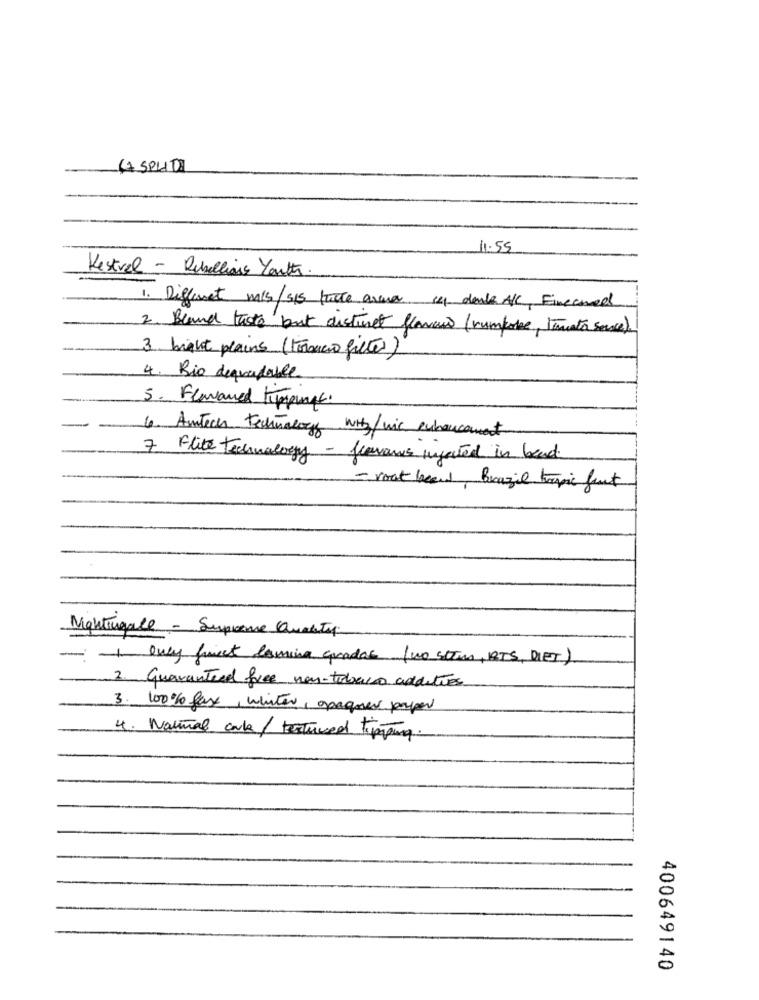
( SPLIT)
11.55
Kestvel - Rebellious Youth.
1. Different m/s/Sis tutte avenue 14 dente A/C, Fineemed
2. Bland thots but distinct flavors (rumpose, Tomato sauce)
3. bright plains (Formacio filter)
4. Bio dequadable
5. Flavored Kupplungs.
6. Autech Technology Witz/wic enhancement
7 Flite Technology - flerams infacted in blad.
- rout beard, Brazil tropic funt
Nightingale - Supreme Quality
-
1 Only first lamina guadas (no sten, RTS, DIET)
2. Guaranteed free non-tobacco adduties
3. 100% fax, whiter, opaques papper
4. Natural conk / textured tipping.
400649140